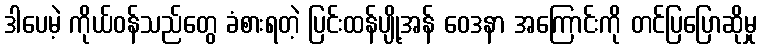
ဒါပေမဲ့ ကိုယ်ဝန်သည်တွေ ခံစားရတဲ့ ပြင်းထန်ပျို့အန် ဝေဒနာ အကြောင်းကို တင်ပြပြောဆိုမှု